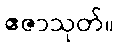
ဧဇာသုတ်။